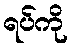
ရပ်ကို